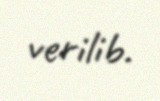
verilib.